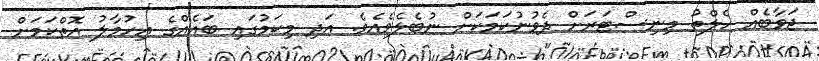
ޖަވާބެއް ހެލްތު މިނިސްޓަރަށް ދެވުނުކަމަކަށް ނުބެލެވެއެވެ. އަދި މިކަމުގައި ބައެއްގެ އިހުމާލު އޮތްކަމަށް